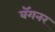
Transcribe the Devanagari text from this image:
वॅगनर